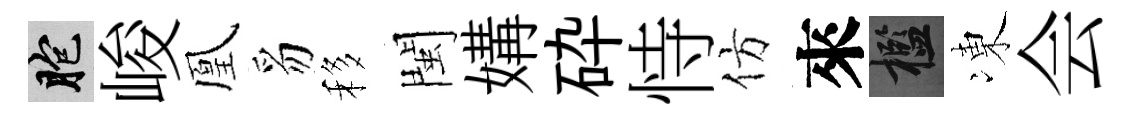
胞峻凰豸移閩媾砕恃仿來檻凍会